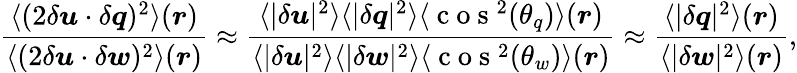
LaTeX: {\frac{\langle(2\delta\boldsymbol{u}\cdot\delta\boldsymbol{q})^{2}\rangle(\boldsymbol{r})}{\langle(2\delta\boldsymbol{u}\cdot\delta\boldsymbol{w})^{2}\rangle(\boldsymbol{r})}\approx\frac{\langle|\delta\boldsymbol{u}|^{2}\rangle\langle|\delta\boldsymbol{q}|^{2}\rangle\langle\mathrm{~c~o~s~}^{2}(\theta_{q})\rangle(\boldsymbol{r})}{\langle|\delta\boldsymbol{u}|^{2}\rangle\langle|\delta\boldsymbol{w}|^{2}\rangle\langle\mathrm{~c~o~s~}^{2}(\theta_{w})\rangle(\boldsymbol{r})}\approx\frac{\langle|\delta\boldsymbol{q}|^{2}\rangle(\boldsymbol{r})}{\langle|\delta\boldsymbol{w}|^{2}\rangle(\boldsymbol{r})}},